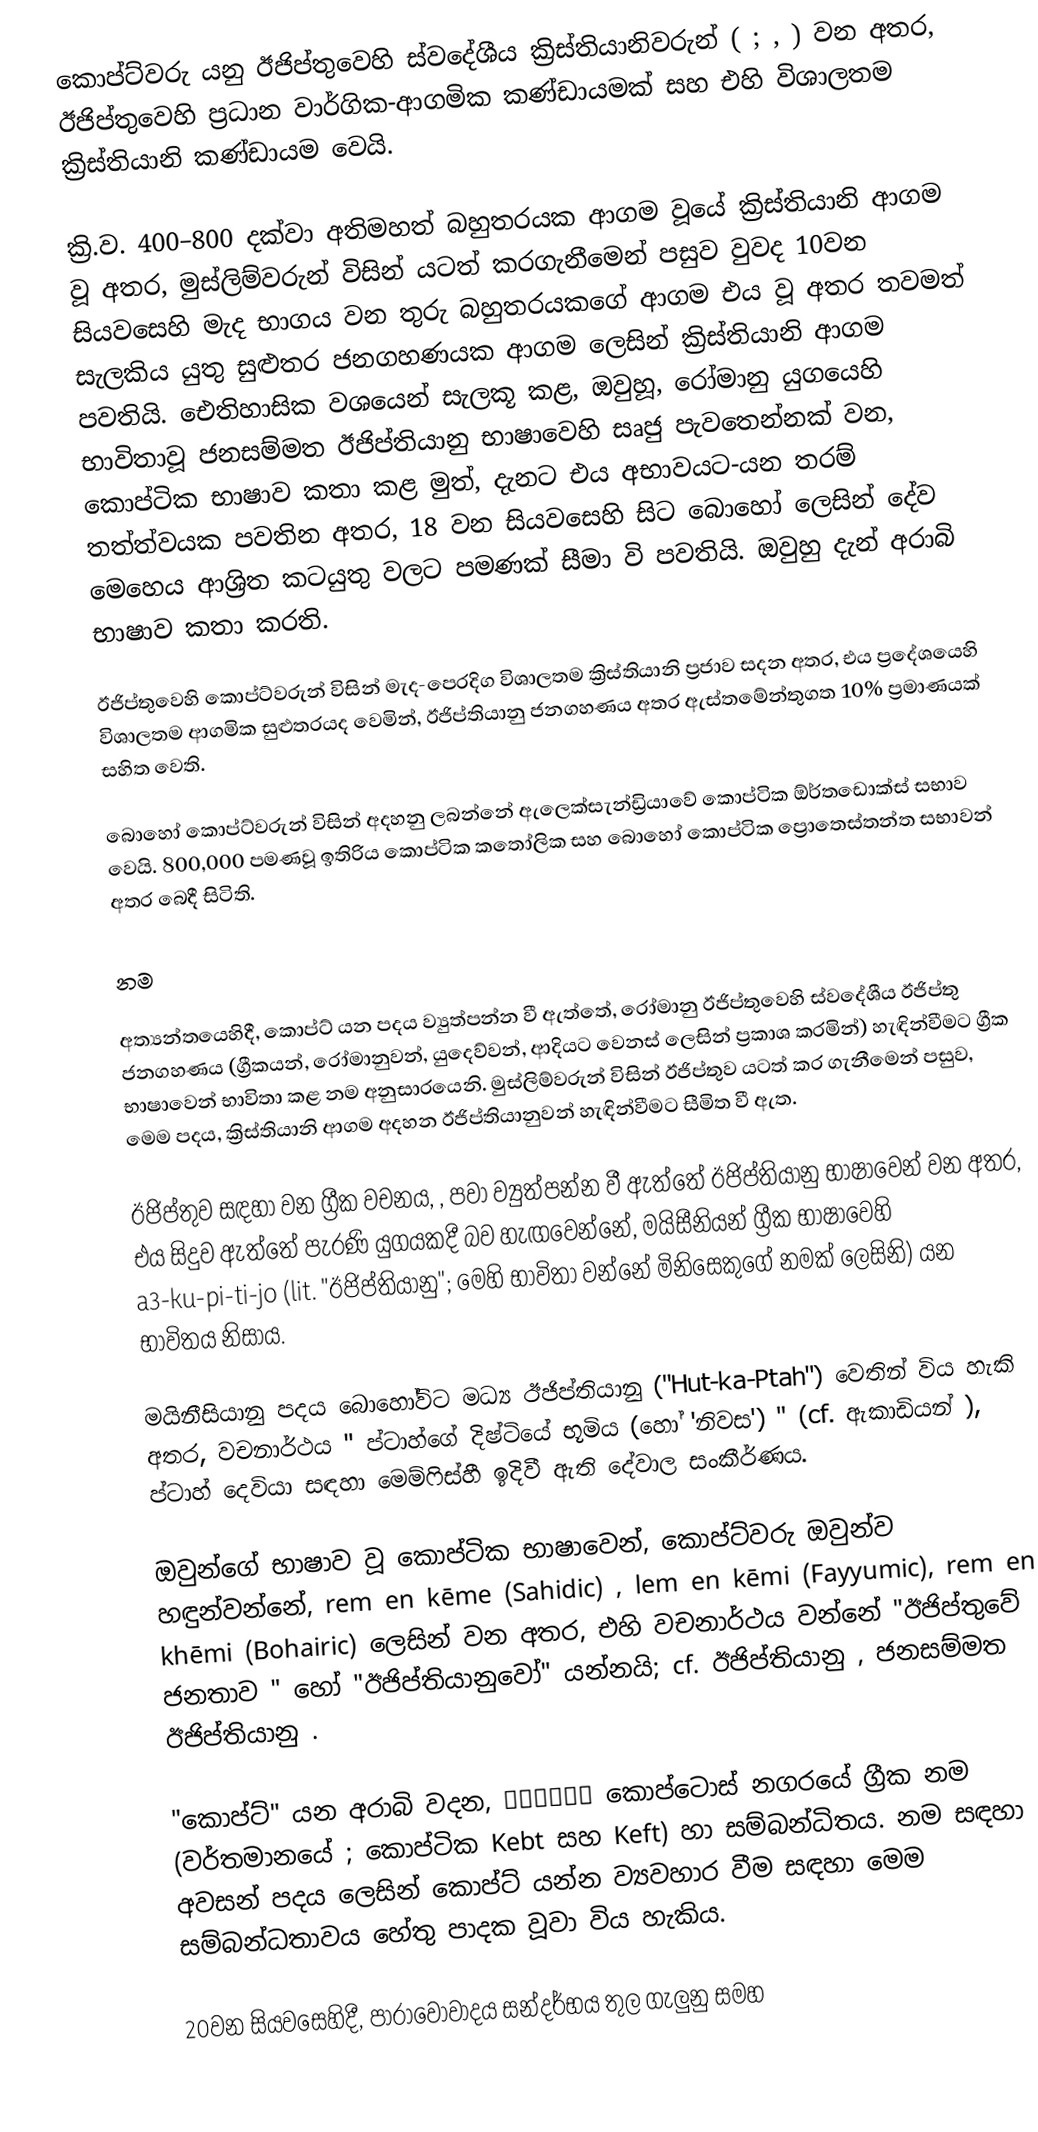
කොප්ට්වරු යනු ඊජිප්තුවෙහි ස්වදේශීය ක්‍රිස්තියානිවරුන් ( ; , ) වන අතර, ඊජිප්තුවෙහි ප්‍රධාන වාර්ගික-ආගමික කණ්ඩායමක් සහ එහි විශාලතම ක්‍රිස්තියානි කණ්ඩායම වෙයි.

ක්‍රි.ව. 400–800 දක්වා අතිමහත් බහුතරයක ආගම වූයේ ක්‍රිස්තියානි ආගම වූ අතර, මුස්ලිම්වරුන් විසින් යටත් කරගැනීමෙන් පසුව වුවද 10වන සියවසෙහි මැද භාගය වන තුරු බහුතරයකගේ ආගම එය වූ අතර  තවමත් සැලකිය යුතු සුළුතර ජනගහණයක ආගම ලෙසින් ක්‍රිස්තියානි ආගම පවතියි. ඓතිහාසික වශයෙන් සැලකූ කළ,  ඔවුහූ, රෝමානු යුගයෙහි භාවිතාවූ     ජනසම්මත ඊජිප්තියානු භාෂාවෙහි සෘජු පැවතෙන්නක් වන, කොප්ටික භාෂාව කතා කළ මුත්, දැනට එය අභාවයට-යන තරම් තත්ත්වයක පවතින අතර, 18 වන සියවසෙහි සිට බොහෝ ලෙසින්  දේව මෙහෙය ආශ්‍රිත කටයුතු වලට පමණක් සීමා වි පවතියි. ඔවුහු දැන් අරාබි භාෂාව කතා කරති.

ඊජිප්තුවෙහි කොප්ට්වරුන් විසින් මැද-පෙරදිග  විශාලතම ක්‍රිස්තියානි ප්‍රජාව සදන අතර, එය ප්‍රදේශයෙහි විශාලතම ආගමික සුළුතරයද වෙමින්, ඊජිප්තියානු ජනගහණය අතර ඇස්තමේන්තුගත 10% ප්‍රමාණයක් සහිත වෙති.

බොහෝ කොප්ට්වරුන් විසින් අදහනු ලබන්නේ ඇලෙක්සැන්ඩ්‍රියාවේ කොප්ටික ඕර්තඩොක්ස් සභාව වෙයි.  800,000 පමණවූ ඉතිරිය කොප්ටික කතෝලික සහ බොහෝ කොප්ටික ප්‍රොතෙස්තන්ත සභාවන් අතර බෙදී සිටිති.

නම

අත්‍යන්තයෙහිදී, කොප්ට් යන පදය ව්‍යුත්පන්න වී ඇත්තේ,  රෝමානු ඊජිප්තුවෙහි  ස්වදේශීය ඊජිප්තු ජනගහණය (ග්‍රීකයන්, රෝමානුවන්, යුදෙව්වන්, ආදියට වෙනස් ලෙසින් ප්‍රකාශ කරමින්) හැඳින්වීමට ග්‍රීක භාෂාවෙන් භාවිතා කළ නම අනුසාරයෙනි.   මුස්ලිම්වරුන් විසින් ඊජිප්තුව යටත් කර ගැනීමෙන් පසුව, මෙම පදය, ක්‍රිස්තියානි ආගම අදහන ඊජිප්තියානුවන් හැඳින්වීමට සීමිත වී ඇත.

ඊජිප්තුව සඳහා වන ග්‍රීක වචනය, , පවා ව්‍යුත්පන්න වී ඇත්තේ  ඊජිප්තියානු භාෂාවෙන් වන අතර, එය සිදුව ඇත්තේ පැරණි යුගයකදී බව හැඟවෙන්නේ,  මයිසීනියන් ග්‍රීක භාෂාවෙහි  a3-ku-pi-ti-jo (lit. "ඊජිප්තියානු"; මෙහි භාවිතා වන්නේ මිනිසෙකුගේ නමක් ලෙසිනි) යන භාවිතය නිසාය.

මයිනීසියානු පදය බොහෝවිට මධ්‍ය ඊජිප්තියානු  ("Hut-ka-Ptah") වෙතින් විය හැකි අතර, වචනාර්ථය " ප්ටාහ්ගේ දිෂ්ටියේ භූමිය (හෝ 'නිවස') " (cf. ඇකාඩියන් ), ප්ටාහ් දෙවියා සඳහා  මෙම්ෆිස්හී ඉදිවී ඇති දේවාල සංකීර්ණය.

ඔවුන්ගේ භාෂාව වූ  කොප්ටික භාෂාවෙන්, කොප්ට්වරු ඔවුන්ව හඳුන්වන්නේ, rem en kēme (Sahidic) , lem en kēmi (Fayyumic), rem en khēmi (Bohairic)  ලෙසින් වන අතර, එහි වචනාර්ථය වන්නේ "ඊජිප්තුවේ ජනතාව " හෝ "ඊජිප්තියානුවෝ" යන්නයි; cf. ඊජිප්තියානු , ජනසම්මත ඊජිප්තියානු .

 "කොප්ට්"  යන අරාබි වදන, Κόπτος කොප්ටොස්  නගරයේ ග්‍රීක නම (වර්තමානයේ ; කොප්ටික  Kebt සහ Keft) හා සම්බන්ධිතය. නම සඳහා අවසන් පදය ලෙසින්  කොප්ට් යන්න ව්‍යවහාර වීම සඳහා මෙම සම්බන්ධතාවය හේතු පාදක වූවා විය හැකිය.

20වන සියවසෙහිදී, පාරාවෝවාදය සන්දර්භය තුල ගැලුනු සමහ